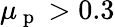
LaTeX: \mu_{\mathrm{~p~}}>0.3